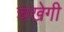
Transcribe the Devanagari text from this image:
चखेगी